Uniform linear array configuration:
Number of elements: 48
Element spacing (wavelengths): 0.25
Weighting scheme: cosine
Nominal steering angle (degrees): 45
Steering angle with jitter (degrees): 46.97
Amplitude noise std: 0.05
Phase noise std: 0.05

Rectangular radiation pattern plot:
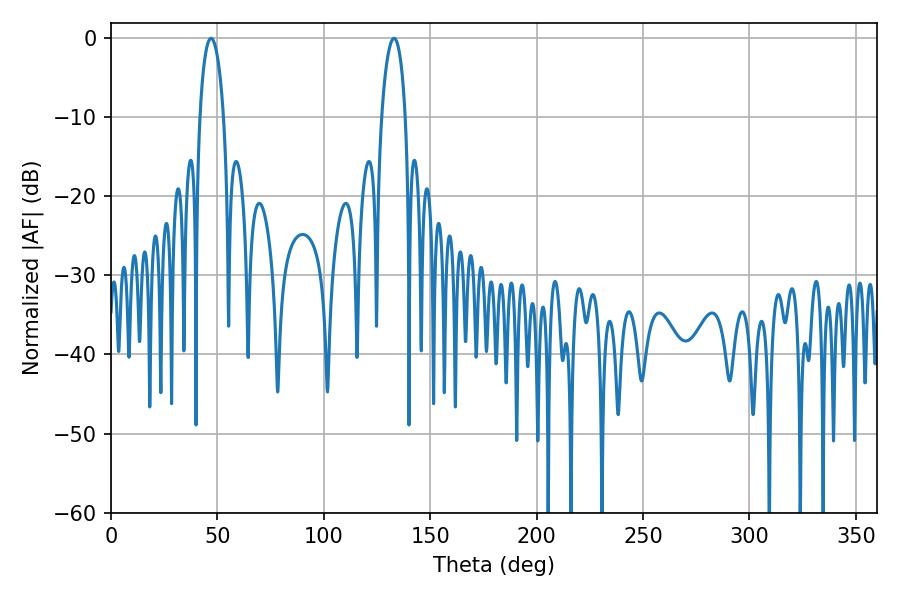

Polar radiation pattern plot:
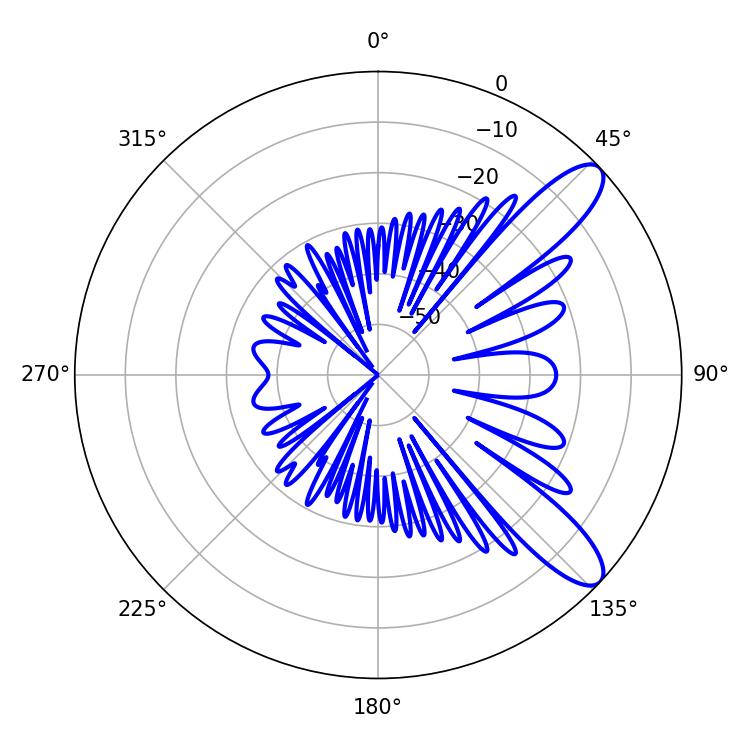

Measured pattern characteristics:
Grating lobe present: FALSE
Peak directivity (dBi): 10.459
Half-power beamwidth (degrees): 6.3
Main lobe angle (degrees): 46.98